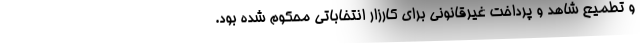
و تطمیع شاهد و پرداخت غیرقانونی برای کارزار انتخاباتی محکوم شده بود.